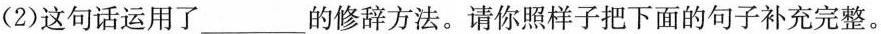
(2)这句话运用了___的修辞方法。请你照样子把下面的句子补充完整。